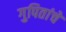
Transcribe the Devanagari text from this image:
गुपितांचे